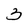
Character: 3